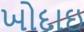
ખોદાઇ